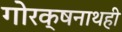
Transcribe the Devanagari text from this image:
गोरक्षनाथही